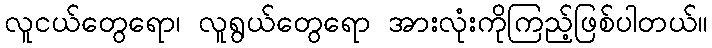
လူငယ်တွေရော၊ လူရွယ်တွေရော အားလုံးကိုကြည့်ဖြစ်ပါတယ်။